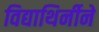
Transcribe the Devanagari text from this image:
विद्याथिर्नीने